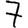
Digit: 7